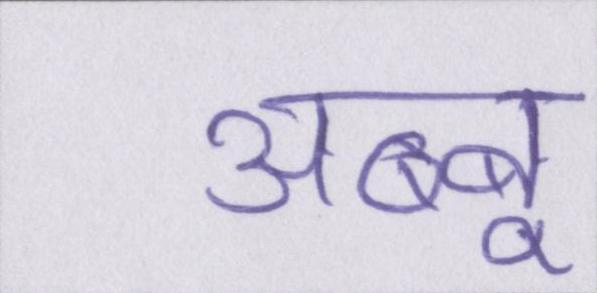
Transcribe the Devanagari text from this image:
अब्बू